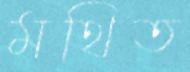
মথিত